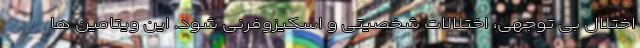
اختلال بی توجهی، اختلالات شخصیتی و اسکیزوفرنی شود. این ویتامین ها